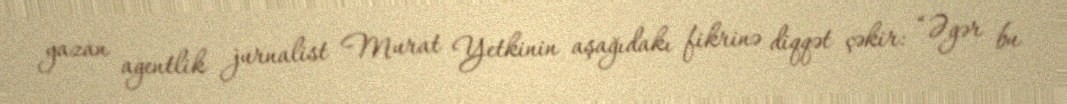
yazan agentlik jurnalist Murat Yetkinin aşağıdakı fikrinə diqqət çəkir: “Əgər bu